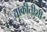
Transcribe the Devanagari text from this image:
ताकीतीशी